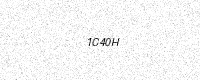
Text: 1C40H